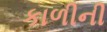
કાળીની